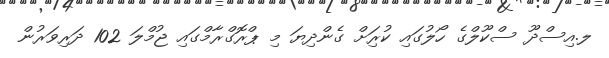
ލ.އިސްދޫ ސްކޫލްގެ ހޯލުގައި ކުރިަށް ގެންދިޔަ މި ޕްރޮގްރާމްގައި ޖުމްލަ 102 ދަރިވަރުން